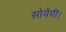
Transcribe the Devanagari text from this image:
सोयेंगीं।